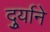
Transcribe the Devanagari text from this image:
दुर्र्याने